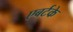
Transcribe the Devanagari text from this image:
एबर्टके